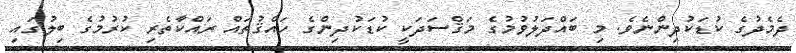
ދެމެދުގެ ކުޑަކުދިންނެވެ. މި ބައްދަލުވުމުގެ މަޤްސަދަކީ ކުޑަކުދިންގެ ހައްޤުތައް ރައްކާތެރި ކުރުމުގެ ބިލުގައި